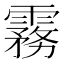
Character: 霧